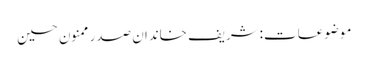
موضوعات:شریف خاندان صدر ممنون حسین